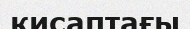
қисаптағы